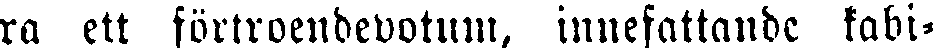
ra ett förtroendevotum, innefattande kabi-